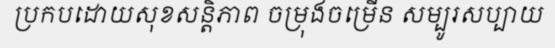
ប្រកបដោយសុខសន្តិភាព ចម្រុងចម្រើន សម្បូរសប្បាយ